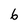
Character: 6